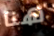
هنا